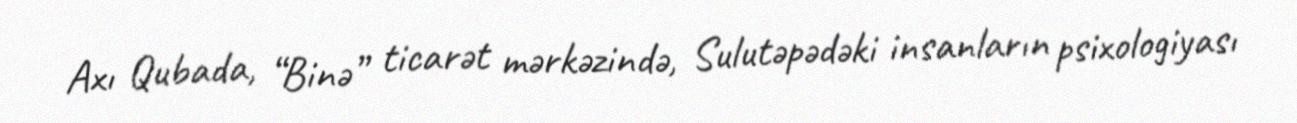
Axı Qubada, “Binə” ticarət mərkəzində, Sulutəpədəki insanların psixologiyası